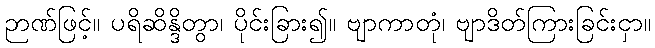
ဉာဏ်ဖြင့်။ ပရိဆိန္ဒိတွာ၊ ပိုင်းခြား၍။ ဗျာကာတုံ၊ ဗျာဒိတ်ကြားခြင်းငှာ။